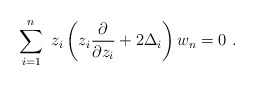
\begin{align*}\sum^n_{i=1}\ z_i \left(z_i{\partial\over \partial z_i}+2\Delta_i\right) w_n =0\ .\end{align*}